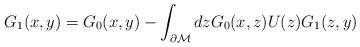
LaTeX: \begin{align*}G_1(x,y)=G_0(x,y)-\int_{\partial {\cal M}} dz G_0(x,z)U(z)G_1(z,y) \end{align*}